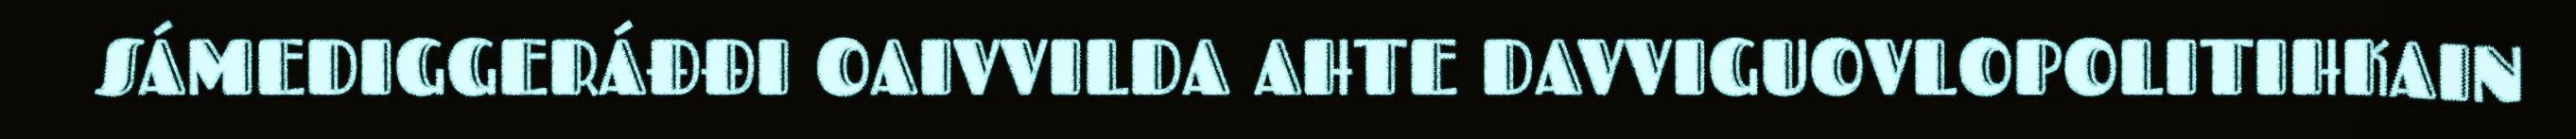
SÁMEDIGGERÁĐĐI OAIVVILDA AHTE DAVVIGUOVLOPOLITIHKAIN